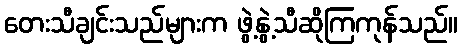
တေးသီချင်းသည်များက ဖွဲ့နွဲ့သီဆိုကြကုန်သည်။